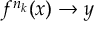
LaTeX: f ^ { n _ { k } } ( x ) \rightarrow y